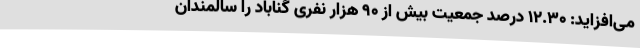
می‌افزاید: ۱۲.۳۰ درصد جمعیت بیش از ۹۰ هزار نفری گناباد را سالمندان